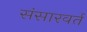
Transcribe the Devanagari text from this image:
संसारवर्त